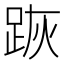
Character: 𨀡